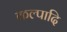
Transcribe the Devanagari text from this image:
कल्पादि